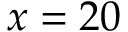
x = 2 0